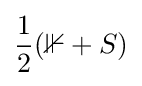
{\frac {1}{2}}(\mathbb {1} +S)